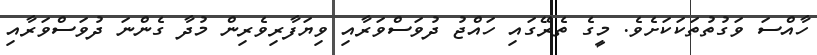
ހާއްސަ ވަގުތުތަކަކަށެވެ. މީގެ ތެރޭގައި ހައްޖު ދުވަސްވަރާއި ވިޔަފާރިވެރިން މުދާ ގެންނަ ދުވަސްވަރާއި